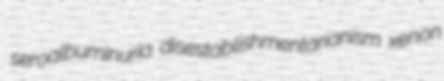
seroalbuminuria disestablishmentarianism xenon